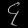
Digit: ၄